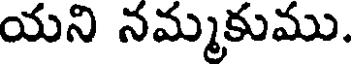
యని నమ్మకుము.